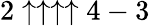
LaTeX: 2\uparrow\uparrow\uparrow\uparrow 4-3